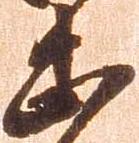
忠